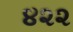
૪૨૨